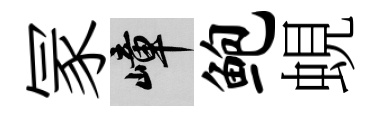
冡嶂鲍蜆